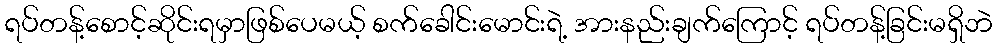
ရပ်တန့်စောင့်ဆိုင်းရမှာဖြစ်ပေမယ့် စက်ခေါင်းမောင်းရဲ့ အားနည်းချက်ကြောင့် ရပ်တန့်ခြင်းမရှိဘဲ